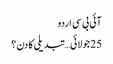
آئی بی سی اردو
25 جولائی… تبدیلی کا دن؟